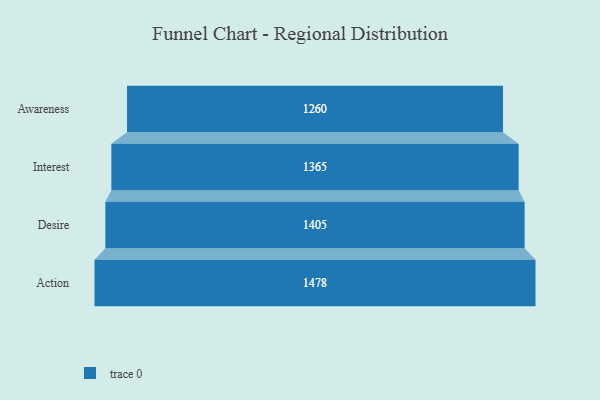
{"axis": {"x": "Stage", "y": "Value"}, "legend": [""], "data": [{"x": "Awareness", "y": 1260.0, "type": ""}, {"x": "Interest", "y": 1365.0, "type": ""}, {"x": "Desire", "y": 1405.0, "type": ""}, {"x": "Action", "y": 1478.0, "type": ""}]}